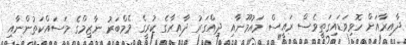
ދާއިރާއަށް ހޮވިވަޑައިގަތީވެސް ރައީސް މައުމޫނާއި ދިއްގަރު ދާއިރާގެ ކުރީގެ މެމްބަރު ނާޒިމްގެ މަސައްކަތުންނާއި